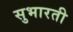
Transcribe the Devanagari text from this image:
सुभारती